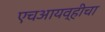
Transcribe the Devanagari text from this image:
एचआयव्हीचा